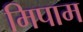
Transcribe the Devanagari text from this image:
मिपाम